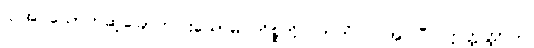
ပြုအပ်သောတဆဲ့ခြောက်ပါးသောမဂ်ကိစ္စကို။ ကတံ၊ ပြုအပ်ပြီ။ ဣတ္ထတ္ထာယ၊